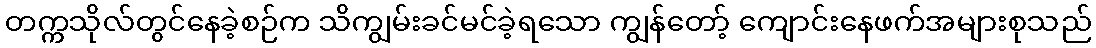
တက္ကသိုလ်တွင်နေခဲ့စဉ်က သိကျွမ်းခင်မင်ခဲ့ရသော ကျွန်တော့် ကျောင်းနေဖက်အများစုသည်